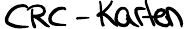
CRC-Karten